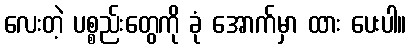
လေးတဲ့ ပစ္စည်းတွေကို ခုံ အောက်မှာ ထား ပေးပါ။